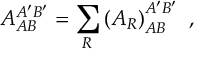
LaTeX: { \cal A } _ { A B } ^ { A ^ { \prime } B ^ { \prime } } = \sum _ { { \cal R } } \left( { \cal A } _ { { \cal R } } \right) _ { A B } ^ { A ^ { \prime } B ^ { \prime } } \mathrm { \ , }